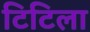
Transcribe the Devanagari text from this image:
टिटिला